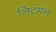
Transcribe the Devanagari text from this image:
लिटमन